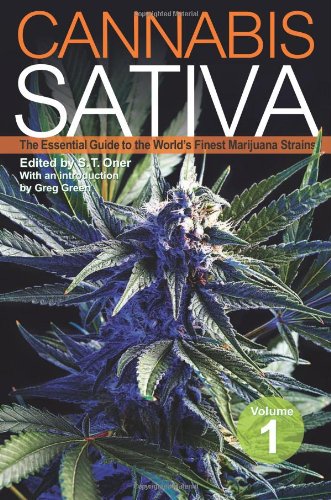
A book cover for Cannabis Sativa: The Essential Guide to the World's Finest Marijuana Strains; Crafts, Hobbies & Home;